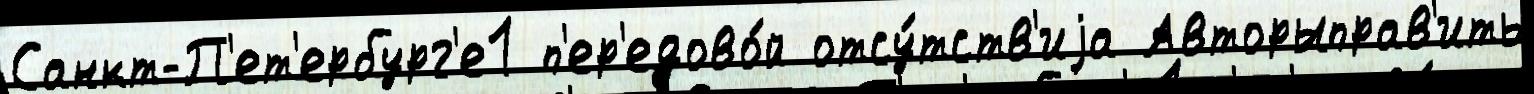
Санкт-П'ет'ербург'е1 п'ер'едово́й отсу́тств'иjа Авторыправ'ить